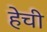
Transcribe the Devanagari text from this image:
हेची